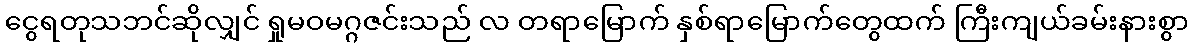
ငွေရတုသဘင်ဆိုလျှင် ရှုမဝမဂ္ဂဇင်းသည် လ တရာမြောက် နှစ်ရာမြောက်တွေထက် ကြီးကျယ်ခမ်းနားစွာ